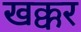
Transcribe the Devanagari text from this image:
खक्कर